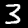
Label: 3